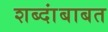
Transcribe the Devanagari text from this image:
शब्दांबाबत